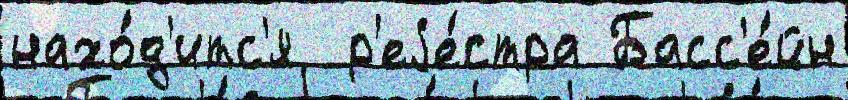
нахо́д'итс'я  р'еjе́стра Басс'е́йн